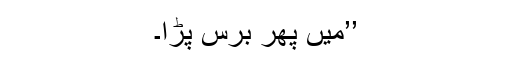
’’میں پھر برس پڑا۔